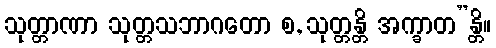
သုတ္တာဏာ သုတ္တသဘာဂတော စ, သုတ္တန္တိ အက္ခာတ”န္တိ။